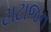
ટાટાજન